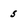
Character: 5